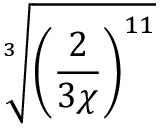
\sqrt [ 3 ] { \left( \frac { 2 } { 3 \chi } \right) ^ { 1 1 } }